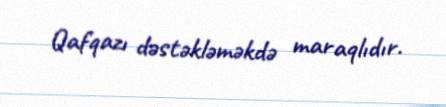
Qafqazı dəstəkləməkdə maraqlıdır.